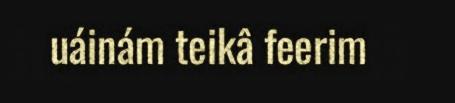
uáinám teikâ feerim